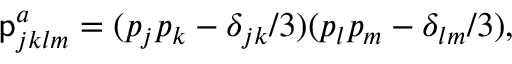
\mathsf { p } _ { j k l m } ^ { a } = ( p _ { j } p _ { k } - \delta _ { j k } / 3 ) ( p _ { l } p _ { m } - \delta _ { l m } / 3 ) ,